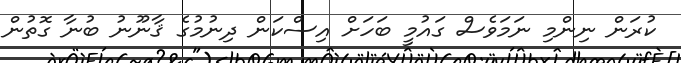
ކުރަން ނިންމި ނަމަވެސް ގައުމީ ބަހަށް އިސްކަން ދިނުމުގެ ޤާނޫނު ބުނާ ގޮތުން